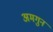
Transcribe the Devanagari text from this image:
अमगुन